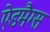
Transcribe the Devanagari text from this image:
ऐडमैग्स